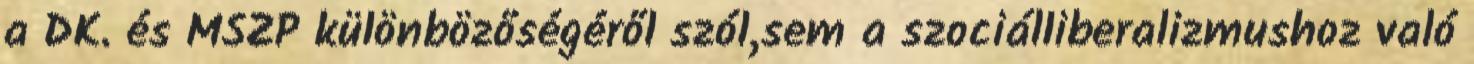
a DK. és MSZP különbözőségéről szól,sem a szociálliberalizmushoz való